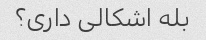
بله اشکالی داری؟